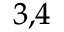
^ { 3 , 4 }